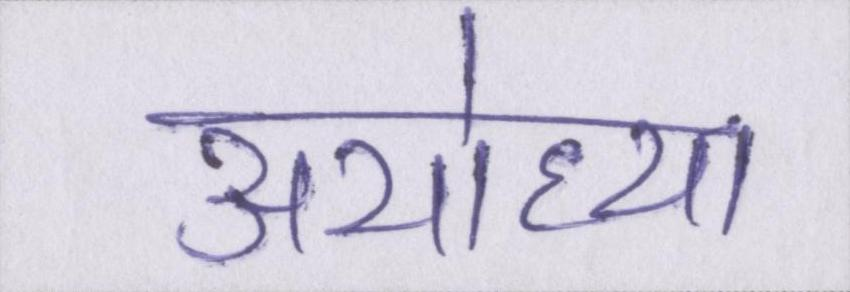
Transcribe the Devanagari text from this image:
अयोध्या